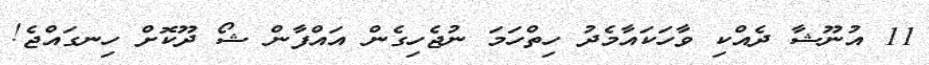
11 އުނޫޝާ ދެއްކި ވާހަކައާމެދު ހިތްހަމަ ނުޖެހިގެން އައްފާން ޝޯ ދޫކޮށް ހިނގައްޖެ!